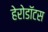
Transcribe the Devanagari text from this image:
हेरोडॉटस